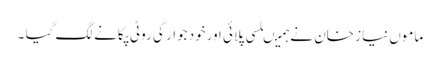
ماموں نیاز خان نے ہمیںلسی پلائی اورخود جوار کی روٹی پکانے لگ گیا ۔